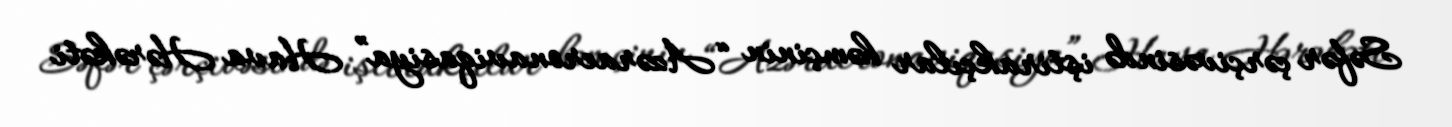
Səfər çərçivəsində iştirakçılar həmçinin “Azəraeronaviqasiya” Hava Hərəkəti